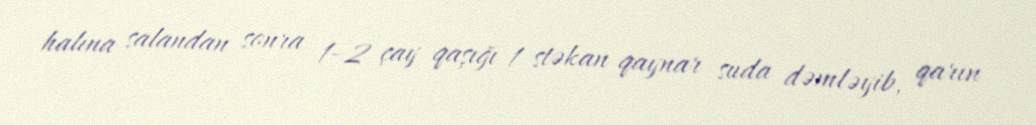
halına salandan sonra 1–2 çay qaşığı 1 stəkan qaynar suda dəmləyib, qarın